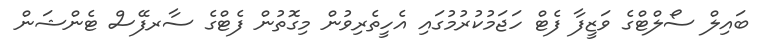
ބައިލް ސޯލްޓްގެ ވަޒީފާ ފެޓް ހަޖަމުކުރުމުގައި އެހީތެރިވުން މިގޮތުން ފެޓްގެ ސާރފޭސް ޓެންޝަން